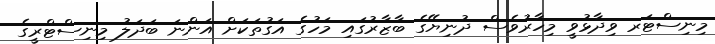
މިނިސްޓަރ ވިދާޅުވީ މިހާރުވެސް ދުނިޔޭގެ ބާޒާރުގައި މަހުގެ އަގުތަކަށް އަންނަ ބަދަލު މިނިސްޓްރީގެ